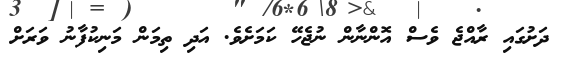
ދަށުގައި ރާއްޖެ ވެސް އޮންނާން ނުޖެހޭ ކަމަށެވެ. އަދި ތިމަން މަނިކުފާނު ވަރަށް